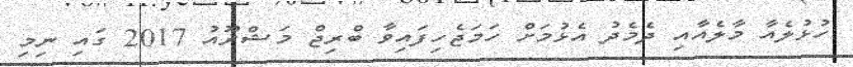
ހުޅުލެއާ މާލެއާއި ދެމެދު އެޅުމަށް ހަމަޖެހިފައިވާ ބްރިޖް މަޝްރޫއު 2017 ގައި ނިމި